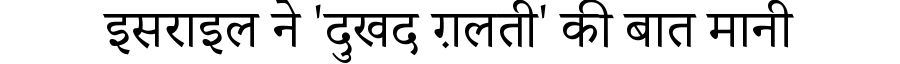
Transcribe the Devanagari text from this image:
इसराइल ने 'दुखद ग़लती' की बात मानी